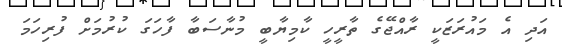
އަދި އެ މައުރަޒަކީ ރާއްޖޭގެ ތާރީހީ ކާމިޔާބީ މުނާސަބާ ފާހަގަ ކުރުމަށް ފުރިހަމަ